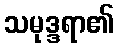
သမုဒ္ဒရာ၏